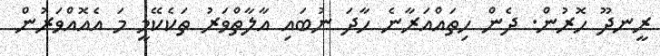
ރީނދޫ ހޮރުން. ދެން ހިތައްއަރާނެ ހާދަ ނުބައި އާލާތްވަރު ތަކެކޭމީ މަ އެއޮއްވަރުން